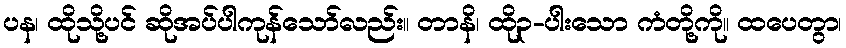
ပန၊ ထိုသို့ပင် ဆိုအပ်ပါကုန်သော်လည်း။ တာနိ၊ ထို၃-ပါးသော ကံတို့ကို။ ထပေတွာ၊